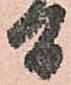
間